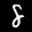
Label: 8